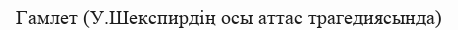
Гамлет (У.Шекспирдің осы аттас трагедиясында)